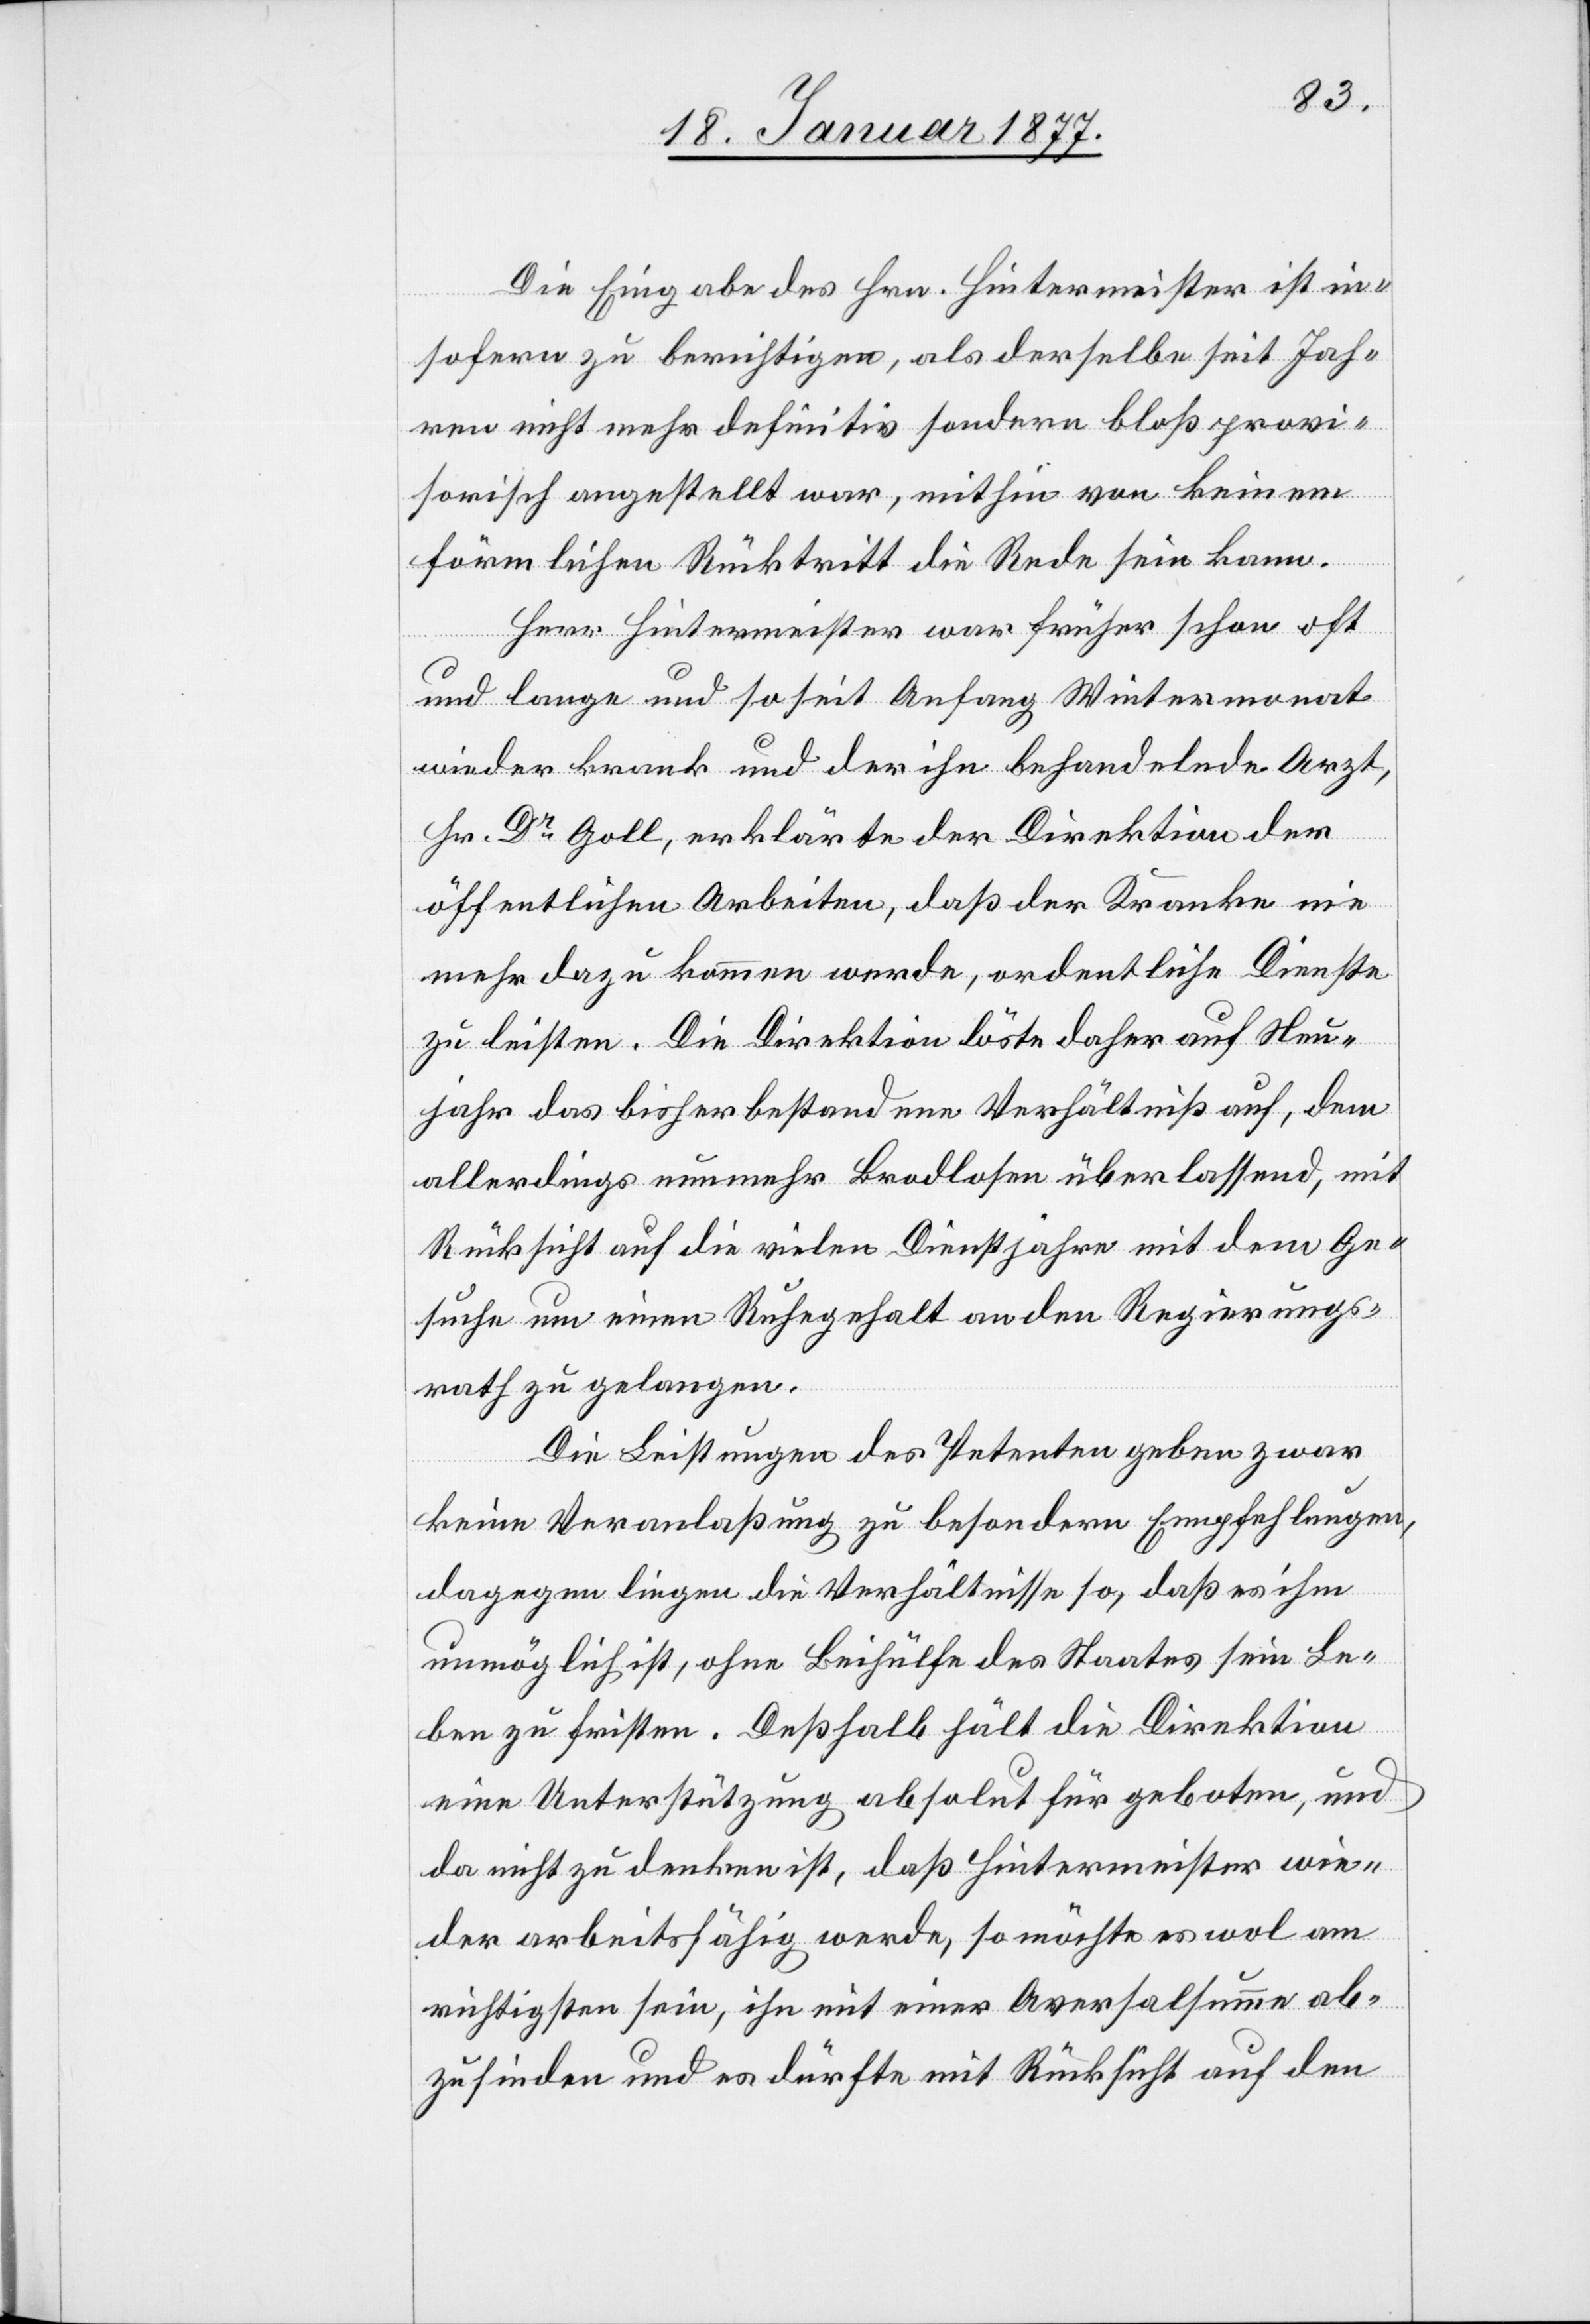
Die Eingabe des Hrn. Hintermeister ist in¬
sofern zu berichtigen, als derselbe seit Jah¬
ren nicht mehr definitiv sondern bloß provi¬
sorisch angestellt war, mithin von keinem
den
förmlichen Rücktritt die Rede sein kann.
Herr Hintermeister war früher schon oft
und lange und so seit Anfang Wintermonat
wieder krank und der ihn behandelnde Arzt,
Hr. Dr. Goll, erklärte der Direktion der
öffentlichen Arbeiten, daß der Kranke nie
mehr dazu kommen werde, ordentliche Dienste
zu leisten. Die Direktion löste daher auf Neu¬
jahr das bisher bestandene Verhältniß auf, dem
allerdings nunmehr Brodlosen überlassend, mit
Rücksicht auf die vielen Dienstjahre mit dem Ges¬
rath zu gelangen.
Die Leistungen des Petenten geben zwar
keine Veranlaßung zu besondern Empfehlungen,
Regierungs¬
dagegen liegen die Verhältnisse so, daß es ihm
unmöglich ist, ohne Beihülfe des Staates sein Le¬
ben zu fristen. Deßhalb hält die Direktion
eine Unterstützung absolut für geboten, und
da nicht zu denken ist, daß Hintermeister wie¬
der arbeitsfähig werde, so möchte es wol am
richtigsten sein, ihn mit einer Aversalsumme ab¬
zufinden und es dürfte mit Rücksicht auf den

an